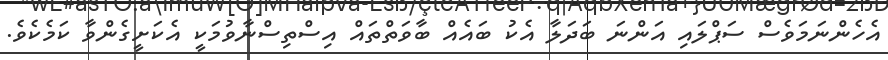
އެހެންނަމަވެސް ސަޕްލައި އަންނަ ބަދަލާ އެކު ބައެއް ބާވަތްތައް އިސްތިސްނާވުމަކީ އެކަށީގެންވާ ކަމެކެވެ.